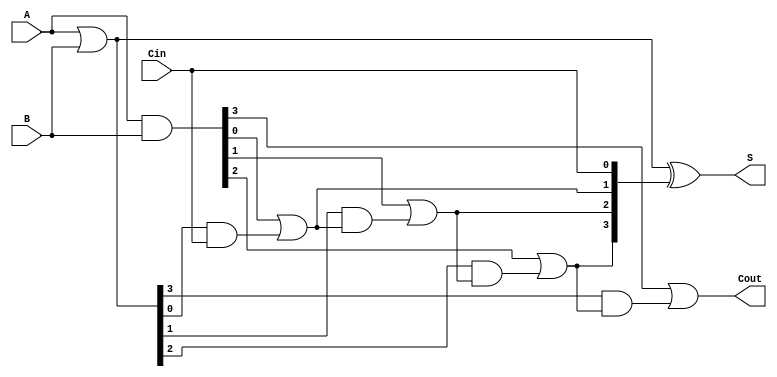
module variable_latency_cla_adder #(parameter n = 4, parameter levels = 2) (
    input  [n-1:0] A,
    input  [n-1:0] B,
    input          Cin,
    output [n-1:0] S,
    output         Cout
);

    wire [n-1:0] G; // Generate
    wire [n-1:0] P; // Propagate
    wire [n:0] C;   // Carry

    // Generate and Propagate signals
    assign G = A & B;       // Generate
    assign P = A | B;       // Propagate

    // Carry generation logic
    assign C[0] = Cin; // Initial carry-in
    
    genvar i;
    
    generate
        if (levels == 2) begin : carry_level_2
            // Level 1 carry
            for (i = 0; i < n; i = i + 1) begin : level1
                assign C[i + 1] = G[i] | (P[i] & C[i]);
            end
        end else if (levels == 1) begin : carry_level_1
            // Level 0 carry
            for (i = 0; i < n; i = i + 1) begin : level0
                assign C[i + 1] = G[i] | (P[i] & C[i]);
            end
        end
        // Additional levels can be added by expanding the hierarchy
    endgenerate

    // Sum calculation
    assign S = P ^ C[n-1:0]; // Sum calculation based on propagate and carry signals

    // Carry out
    assign Cout = C[n]; // Final carry-out

endmodule